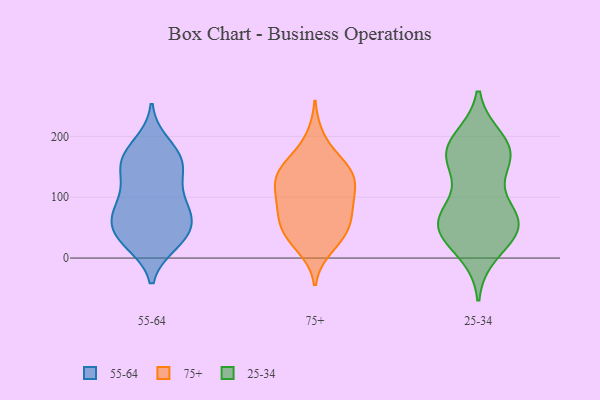
{"axis": {"x": "Website Visitors", "y": "Value"}, "legend": ["25-34", "55-64", "75+"], "data": [{"x": "", "y": 89, "type": "55-64"}, {"x": "", "y": 34, "type": "55-64"}, {"x": "", "y": 167, "type": "55-64"}, {"x": "", "y": 151, "type": "55-64"}, {"x": "", "y": 30, "type": "55-64"}, {"x": "", "y": 92, "type": "55-64"}, {"x": "", "y": 25, "type": "55-64"}, {"x": "", "y": 67, "type": "55-64"}, {"x": "", "y": 33, "type": "55-64"}, {"x": "", "y": 166, "type": "55-64"}, {"x": "", "y": 155, "type": "55-64"}, {"x": "", "y": 62, "type": "55-64"}, {"x": "", "y": 58, "type": "55-64"}, {"x": "", "y": 116, "type": "55-64"}, {"x": "", "y": 143, "type": "55-64"}, {"x": "", "y": 73, "type": "55-64"}, {"x": "", "y": 187, "type": "55-64"}, {"x": "", "y": 35, "type": "75+"}, {"x": "", "y": 31, "type": "75+"}, {"x": "", "y": 88, "type": "75+"}, {"x": "", "y": 138, "type": "75+"}, {"x": "", "y": 154, "type": "75+"}, {"x": "", "y": 72, "type": "75+"}, {"x": "", "y": 124, "type": "75+"}, {"x": "", "y": 105, "type": "75+"}, {"x": "", "y": 65, "type": "75+"}, {"x": "", "y": 16, "type": "75+"}, {"x": "", "y": 98, "type": "75+"}, {"x": "", "y": 136, "type": "75+"}, {"x": "", "y": 149, "type": "75+"}, {"x": "", "y": 153, "type": "75+"}, {"x": "", "y": 55, "type": "75+"}, {"x": "", "y": 50, "type": "75+"}, {"x": "", "y": 198, "type": "75+"}, {"x": "", "y": 112, "type": "75+"}, {"x": "", "y": 74, "type": "25-34"}, {"x": "", "y": 60, "type": "25-34"}, {"x": "", "y": 155, "type": "25-34"}, {"x": "", "y": 168, "type": "25-34"}, {"x": "", "y": 176, "type": "25-34"}, {"x": "", "y": 180, "type": "25-34"}, {"x": "", "y": 52, "type": "25-34"}, {"x": "", "y": 48, "type": "25-34"}, {"x": "", "y": 64, "type": "25-34"}, {"x": "", "y": 65, "type": "25-34"}, {"x": "", "y": 11, "type": "25-34"}, {"x": "", "y": 166, "type": "25-34"}, {"x": "", "y": 39, "type": "25-34"}, {"x": "", "y": 193, "type": "25-34"}]}